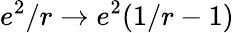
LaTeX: e^{2}/r\to e^{2}(1/r-1)